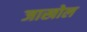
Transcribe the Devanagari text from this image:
जाखोल